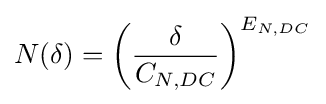
N(\delta )=\left({\frac {\delta }{C_{N,DC}}}\right)^{E_{N,DC}}